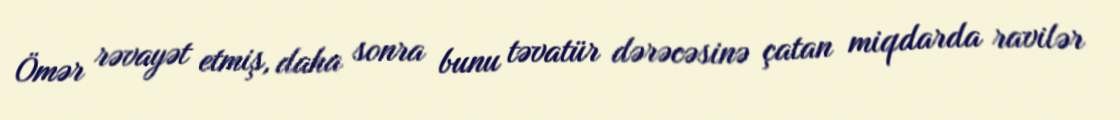
Ömər rəvayət etmiş, daha sonra bunu təvatür dərəcəsinə çatan miqdarda ravilər